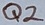
Text: Q2